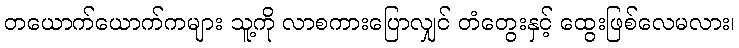
တယောက်ယောက်ကများ သူ့ကို လာစကားပြောလျှင် တံတွေးနှင့် ထွေးဖြစ်လေမလား၊